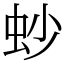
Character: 䖢